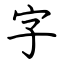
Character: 字